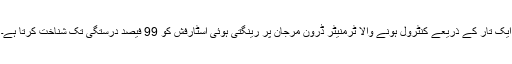
ایک تار کے ذریعے کنٹرول ہونے والا ٹرمنیٹر ڈرون مرجان پر رینگتی ہوئی اسٹارفِش کو 99 فیصد درستگی تک شناخت کرتا ہے۔